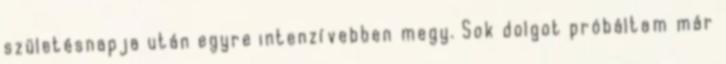
születésnapja után egyre intenzívebben megy. Sok dolgot próbáltam már